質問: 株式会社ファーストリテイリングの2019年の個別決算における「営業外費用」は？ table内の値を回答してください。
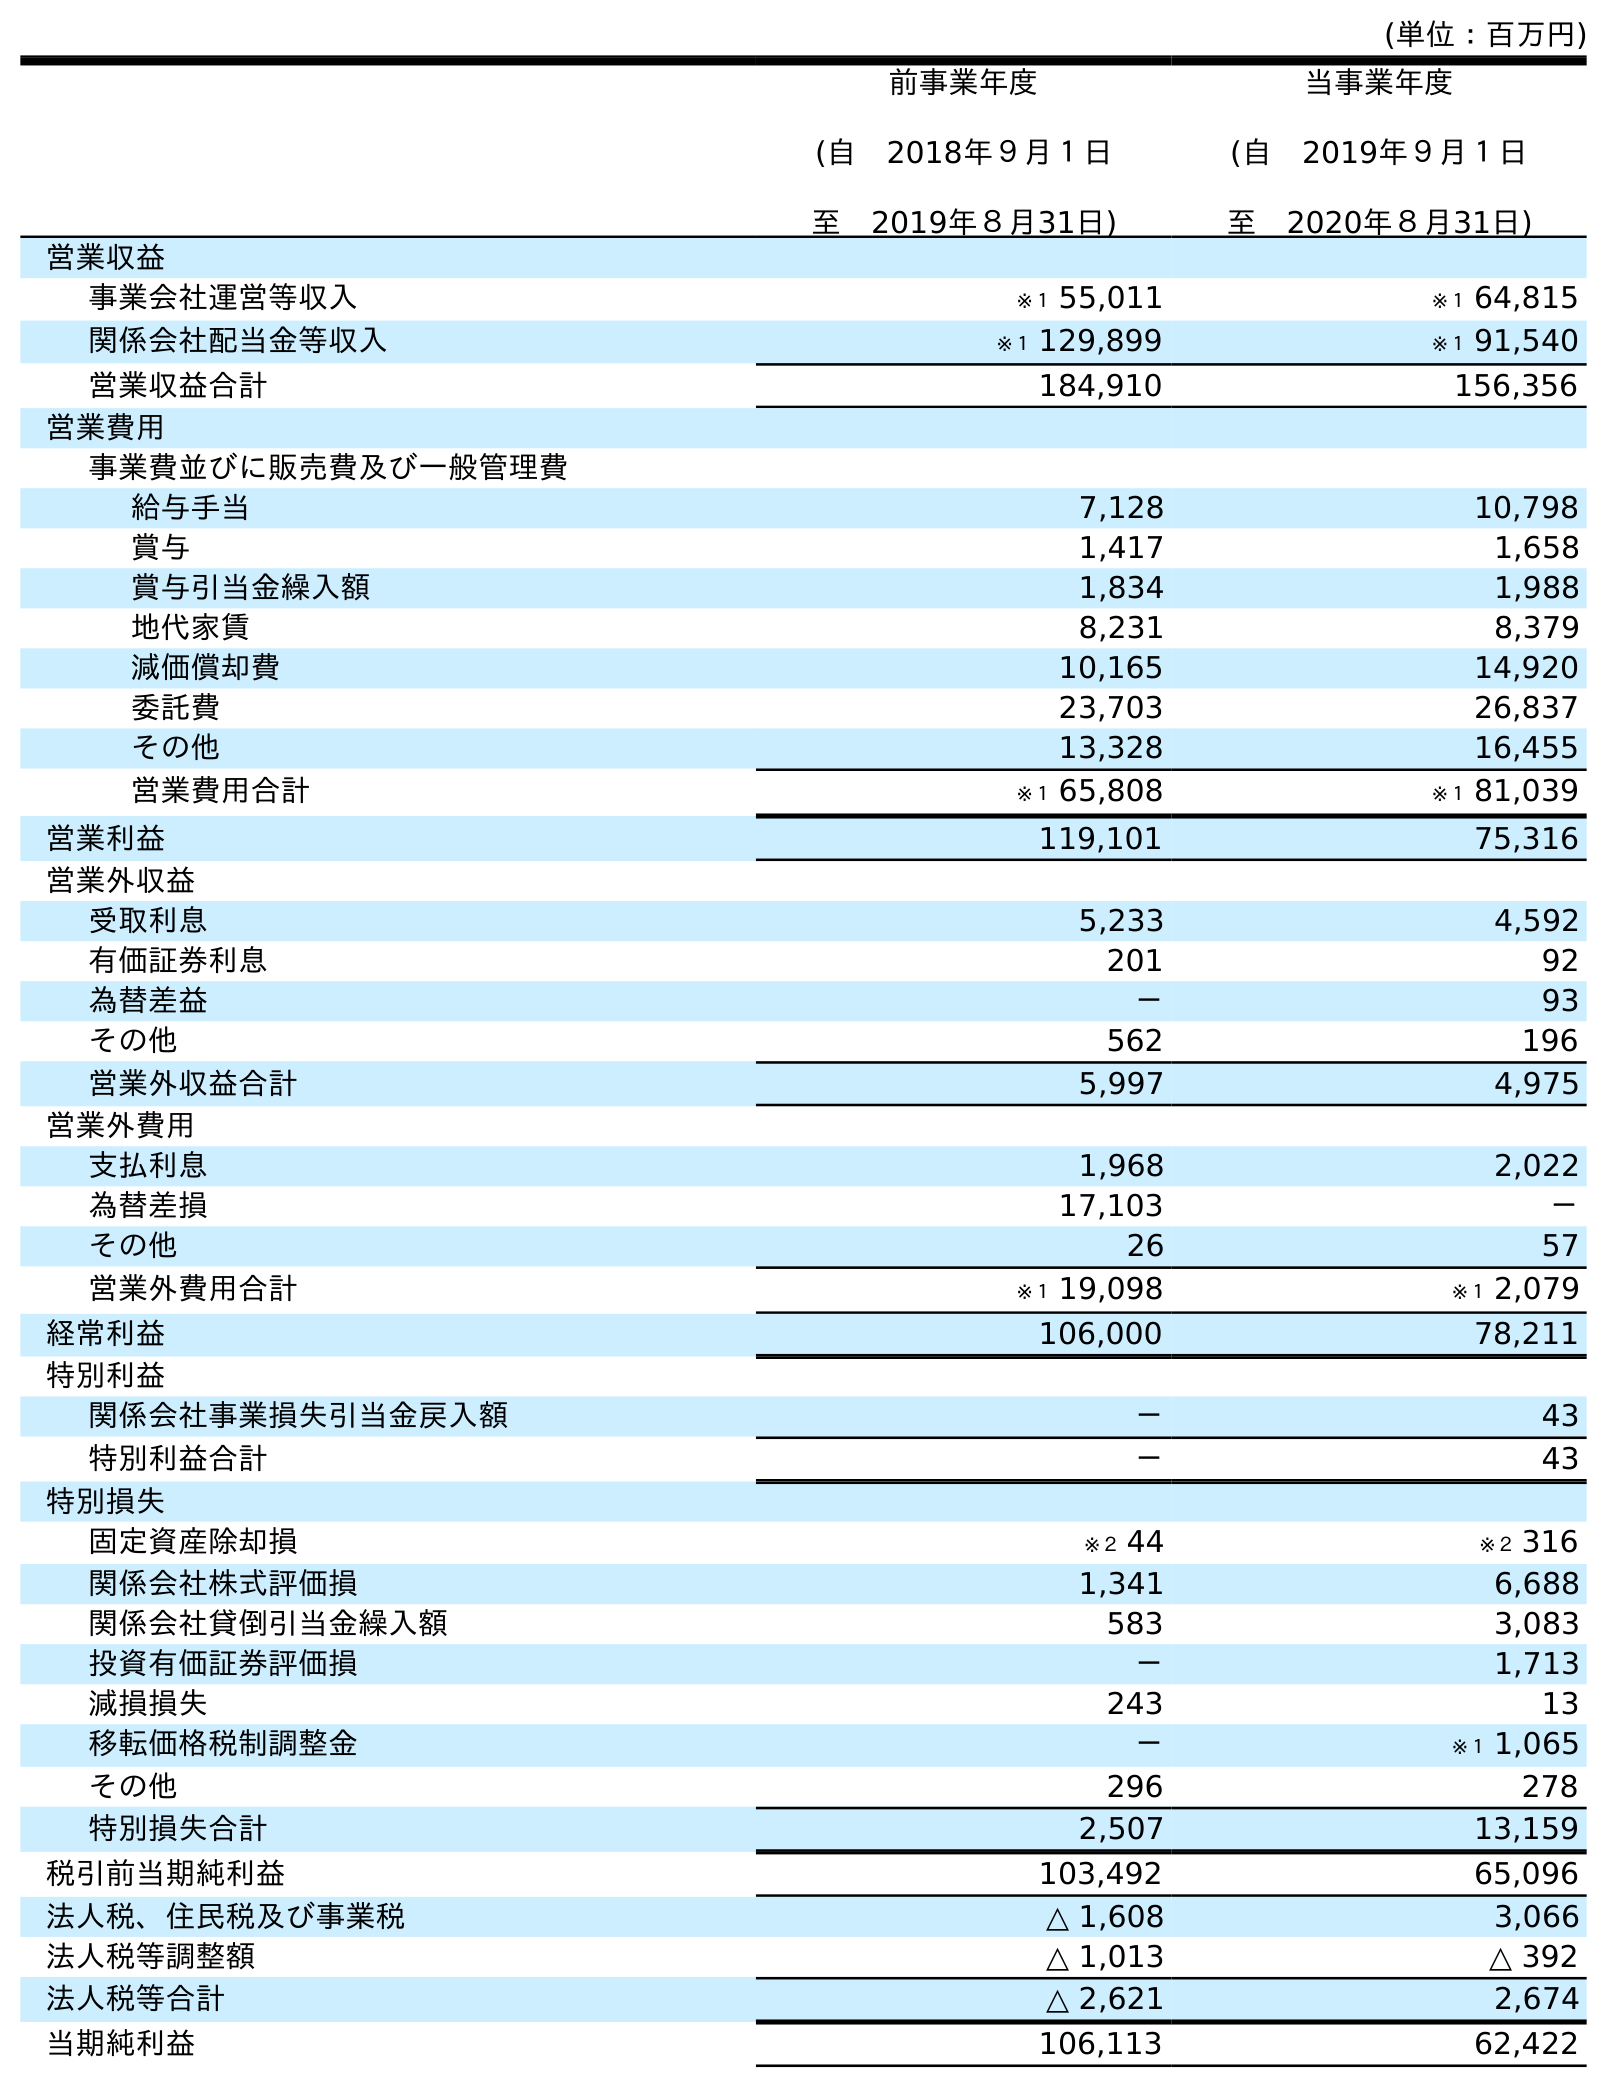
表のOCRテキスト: (単位：百万円) 前事業年度 (自 2018年９月１日 至 2019年８月31日) 当事業年度 (自 2019年９月１日 至 2020年８月31日) 営業収益 事業会社運営等収入 ※１ 55,011 ※１ 64,815 関係会社配当金等収入 ※１ 129,899 ※１ 91,540 営業収益合計 184,910 156,356 営業費用 事業費並びに販売費及び一般管理費 給与手当 7,128 10,798 賞与 1,417 1,658 賞与引当金繰入額 1,834 1,988 地代家賃 8,231 8,379 減価償却費 10,165 14,920 委託費 23,703 26,837 その他 13,328 16,455 営業費用合計 ※１ 65,808 ※１ 81,039 営業利益 119,101 75,316 営業外収益 受取利息 5,233 4,592 有価証券利息 201 92 為替差益 － 93 その他 562 196 営業外収益合計 5,997 4,975 営業外費用 支払利息 1,968 2,022 為替差損 17,103 － その他 26 57 営業外費用合計 ※１ 19,098 ※１ 2,079 経常利益 106,000 78,211 特別利益 関係会社事業損失引当金戻入額 － 43 特別利益合計 － 43 特別損失 固定資産除却損 ※２ 44 ※２ 316 関係会社株式評価損 1,341 6,688 関係会社貸倒引当金繰入額 583 3,083 投資有価証券評価損 － 1,713 減損損失 243 13 移転価格税制調整金 － ※１ 1,065 その他 296 278 特別損失合計 2,507 13,159 税引前当期純利益 103,492 65,096 法人税、住民税及び事業税 △ 1,608 3,066 法人税等調整額 △ 1,013 △ 392 法人税等合計 △ 2,621 2,674 当期純利益 106,113 62,422
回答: ※１19,098